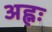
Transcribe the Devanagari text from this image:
अह्नः